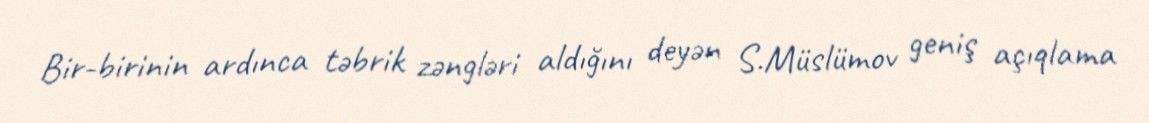
Bir-birinin ardınca təbrik zəngləri aldığını deyən S.Müslümov geniş açıqlama